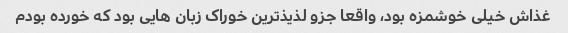
غذاش خیلی خوشمزه بود، واقعا جزو لذیذ‌ترین خوراک زبان هایی بود که خورده بودم